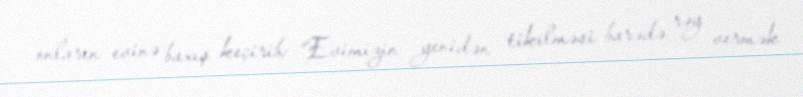
onların evinə baxış keçirib: “Evimizin yenidən tikilməsi barədə rəy vermək